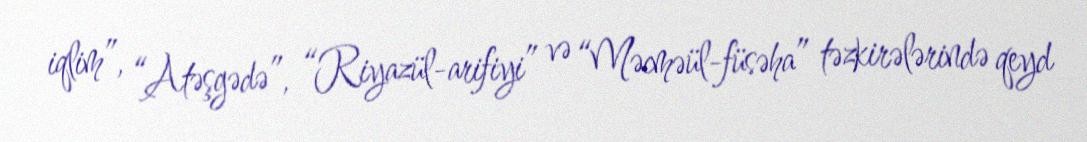
iqlim”, “Atəşgədə”, “Riyazül-arifiyi” və “Məcməül-füsəha” təzkirələrində qeyd